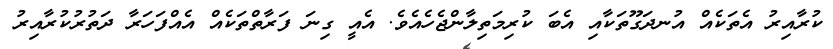
ކުރާއިރު އެތަކެއް އުނދަގޫތަކާއި އެބަ ކުރިމަތިލާންޖެހެއެވެ. އެއީ ގިނަ ފަރާތްތަކެއް އެއްފަހަރާ ދަތުރުކުރާއިރު